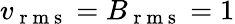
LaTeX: v_{\mathrm{~r~m~s~}}=B_{\mathrm{~r~m~s~}}=1